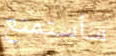
سأستمتع